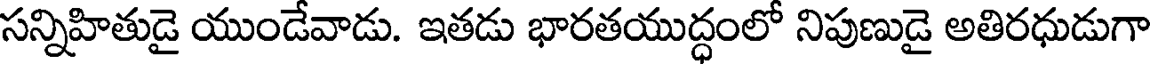
సన్నిహితుడై యుండేవాడు. ఇతడు భారతయుద్ధంలో నిపుణుడై అతిరధుడుగా